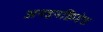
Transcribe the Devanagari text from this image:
अनइनक्रिप्टेड